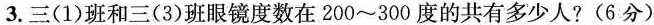
3.三(1)班和三(3)班眼镜度数在200~300度的共有多少人?(6分)